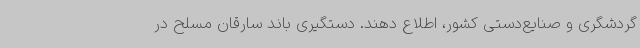
گردشگری و صنایع‌دستی کشور، اطلاع دهند. دستگیری باند سارقان مسلح در